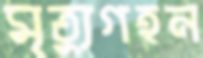
মৃত্যুগহন